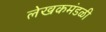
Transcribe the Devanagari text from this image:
लेखकमंडळी